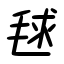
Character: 毬